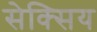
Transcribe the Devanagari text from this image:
सेक्सिय